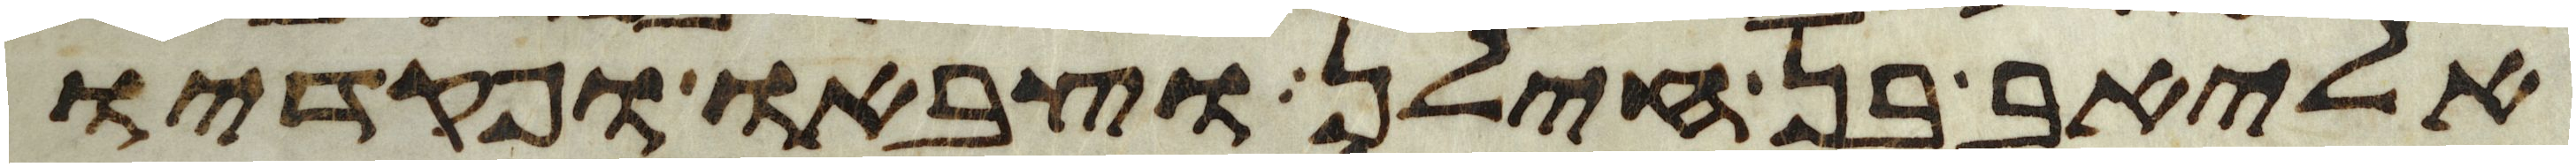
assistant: אליאב בן חילן וצבאו ופקדיו